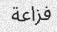
فزاعة